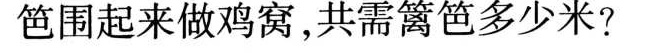
笆围起来做鸡窝，共需篱笆多少米?